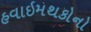
હવાઇમથકોનો